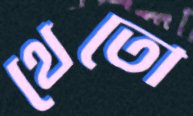
থেতো